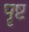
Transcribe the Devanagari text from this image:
पॄष्ट